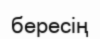
бересің